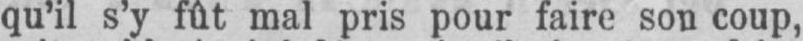
qu’il s’y fût mal pris pour faire son coup,